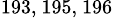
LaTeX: ^{193,~195,~196}